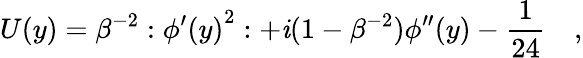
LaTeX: U(y)=\beta^{-2}:{\phi^{\prime}(y)}^{2}:+\mathit{i}(1-\beta^{-2})\phi^{\prime\prime}(y)-\frac{{1}}{{24}}\quad,